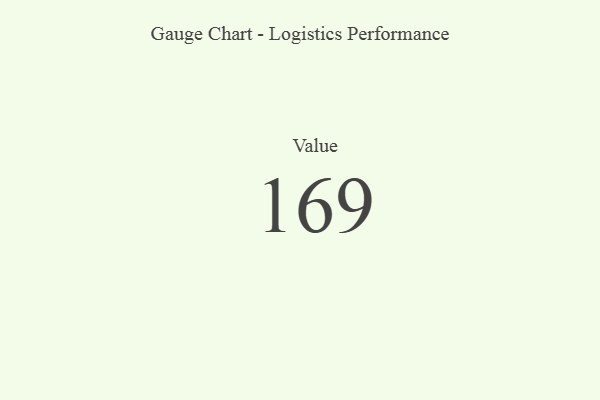
{"axis": {"x": "Metric", "y": "Value"}, "legend": [""], "data": [{"x": "Value", "y": 169, "type": ""}]}